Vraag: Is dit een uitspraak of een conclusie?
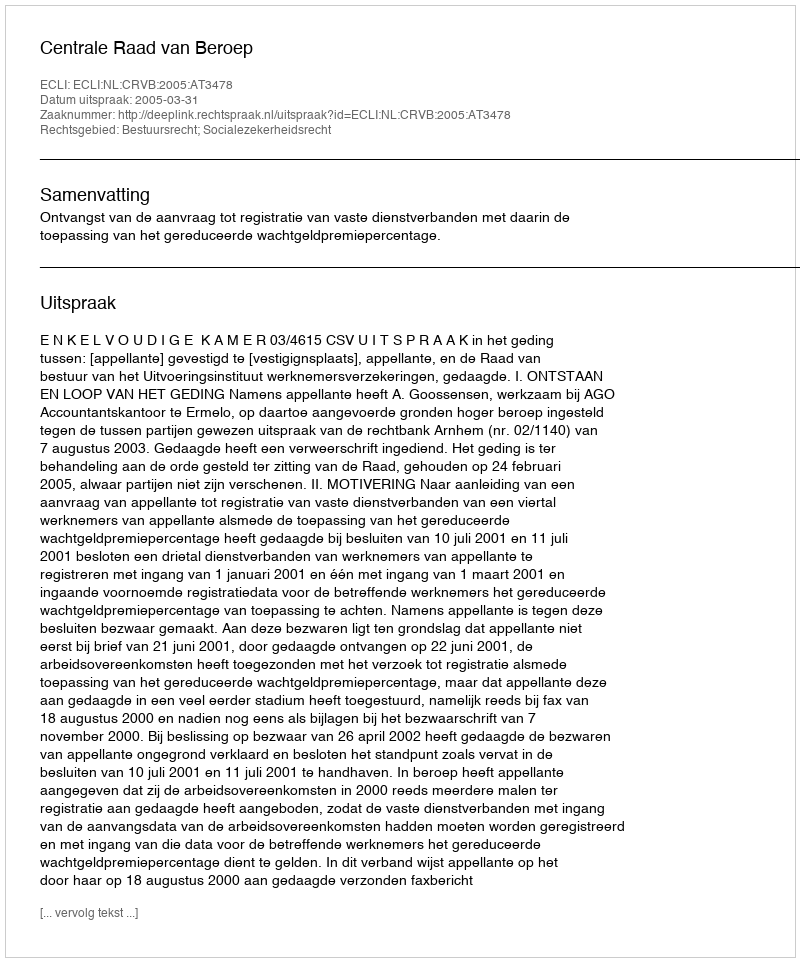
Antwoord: Uitspraak